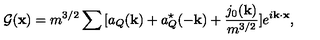
{ \cal G } ( { \bf x } ) = m ^ { 3 / 2 } \sum { } [ a _ { Q } ( { \bf k } ) + a _ { Q } ^ { \star } ( - { \bf k } ) + \frac { j _ { 0 } ( { \bf k } ) } { m ^ { 3 / 2 } } ] e ^ { i { \bf k \cdot x } } ,